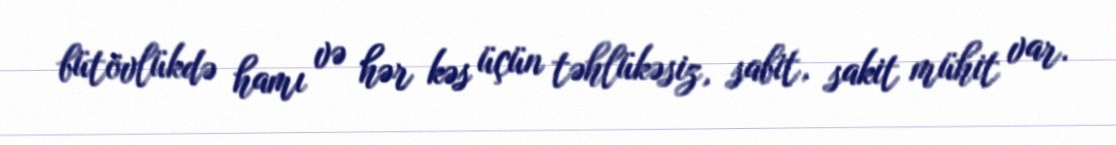
bütövlükdə hamı və hər kəs üçün təhlükəsiz, sabit, sakit mühit var.